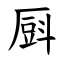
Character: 㕏